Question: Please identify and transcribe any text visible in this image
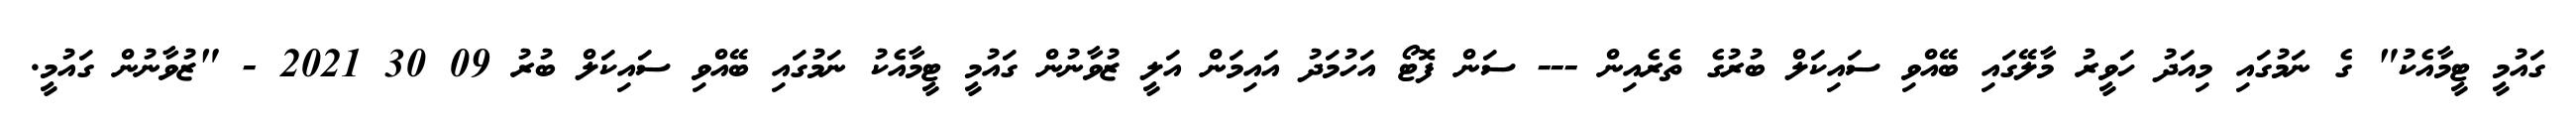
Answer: ގައުމީ ޓީމާއެކު" ގެ ނަމުގައި މިއަދު ހަވީރު މާލޭގައި ބޭއްވި ސައިކަލް ބުރުގެ ތެރެއިން --- ސަން ފޮޓޯ އަހުމަދު އައިމަން އަލީ ޒުވާނުން ގައުމީ ޓީމާއެކު ނަމުގައި ބޭއްވި ސައިކަލް ބުރު 09 30 2021 - "ޒުވާނުން ގައުމީ.